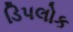
ડિપલોક